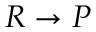
R \rightarrow P